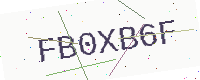
Text: FB0XB6F